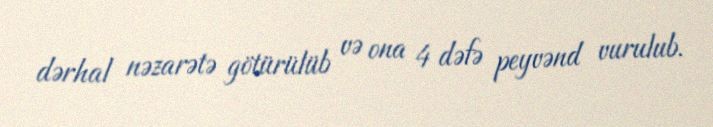
dərhal nəzarətə götürülüb və ona 4 dəfə peyvənd vurulub.